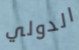
الدولي